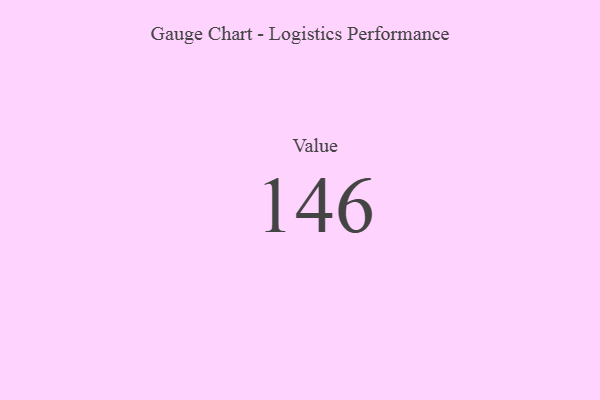
{"axis": {"x": "Metric", "y": "Value"}, "legend": [""], "data": [{"x": "Value", "y": 146, "type": ""}]}